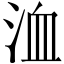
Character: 洫